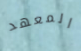
المعهد